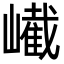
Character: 𡽱